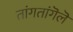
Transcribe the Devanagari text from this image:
तांगतांगॆलॆ